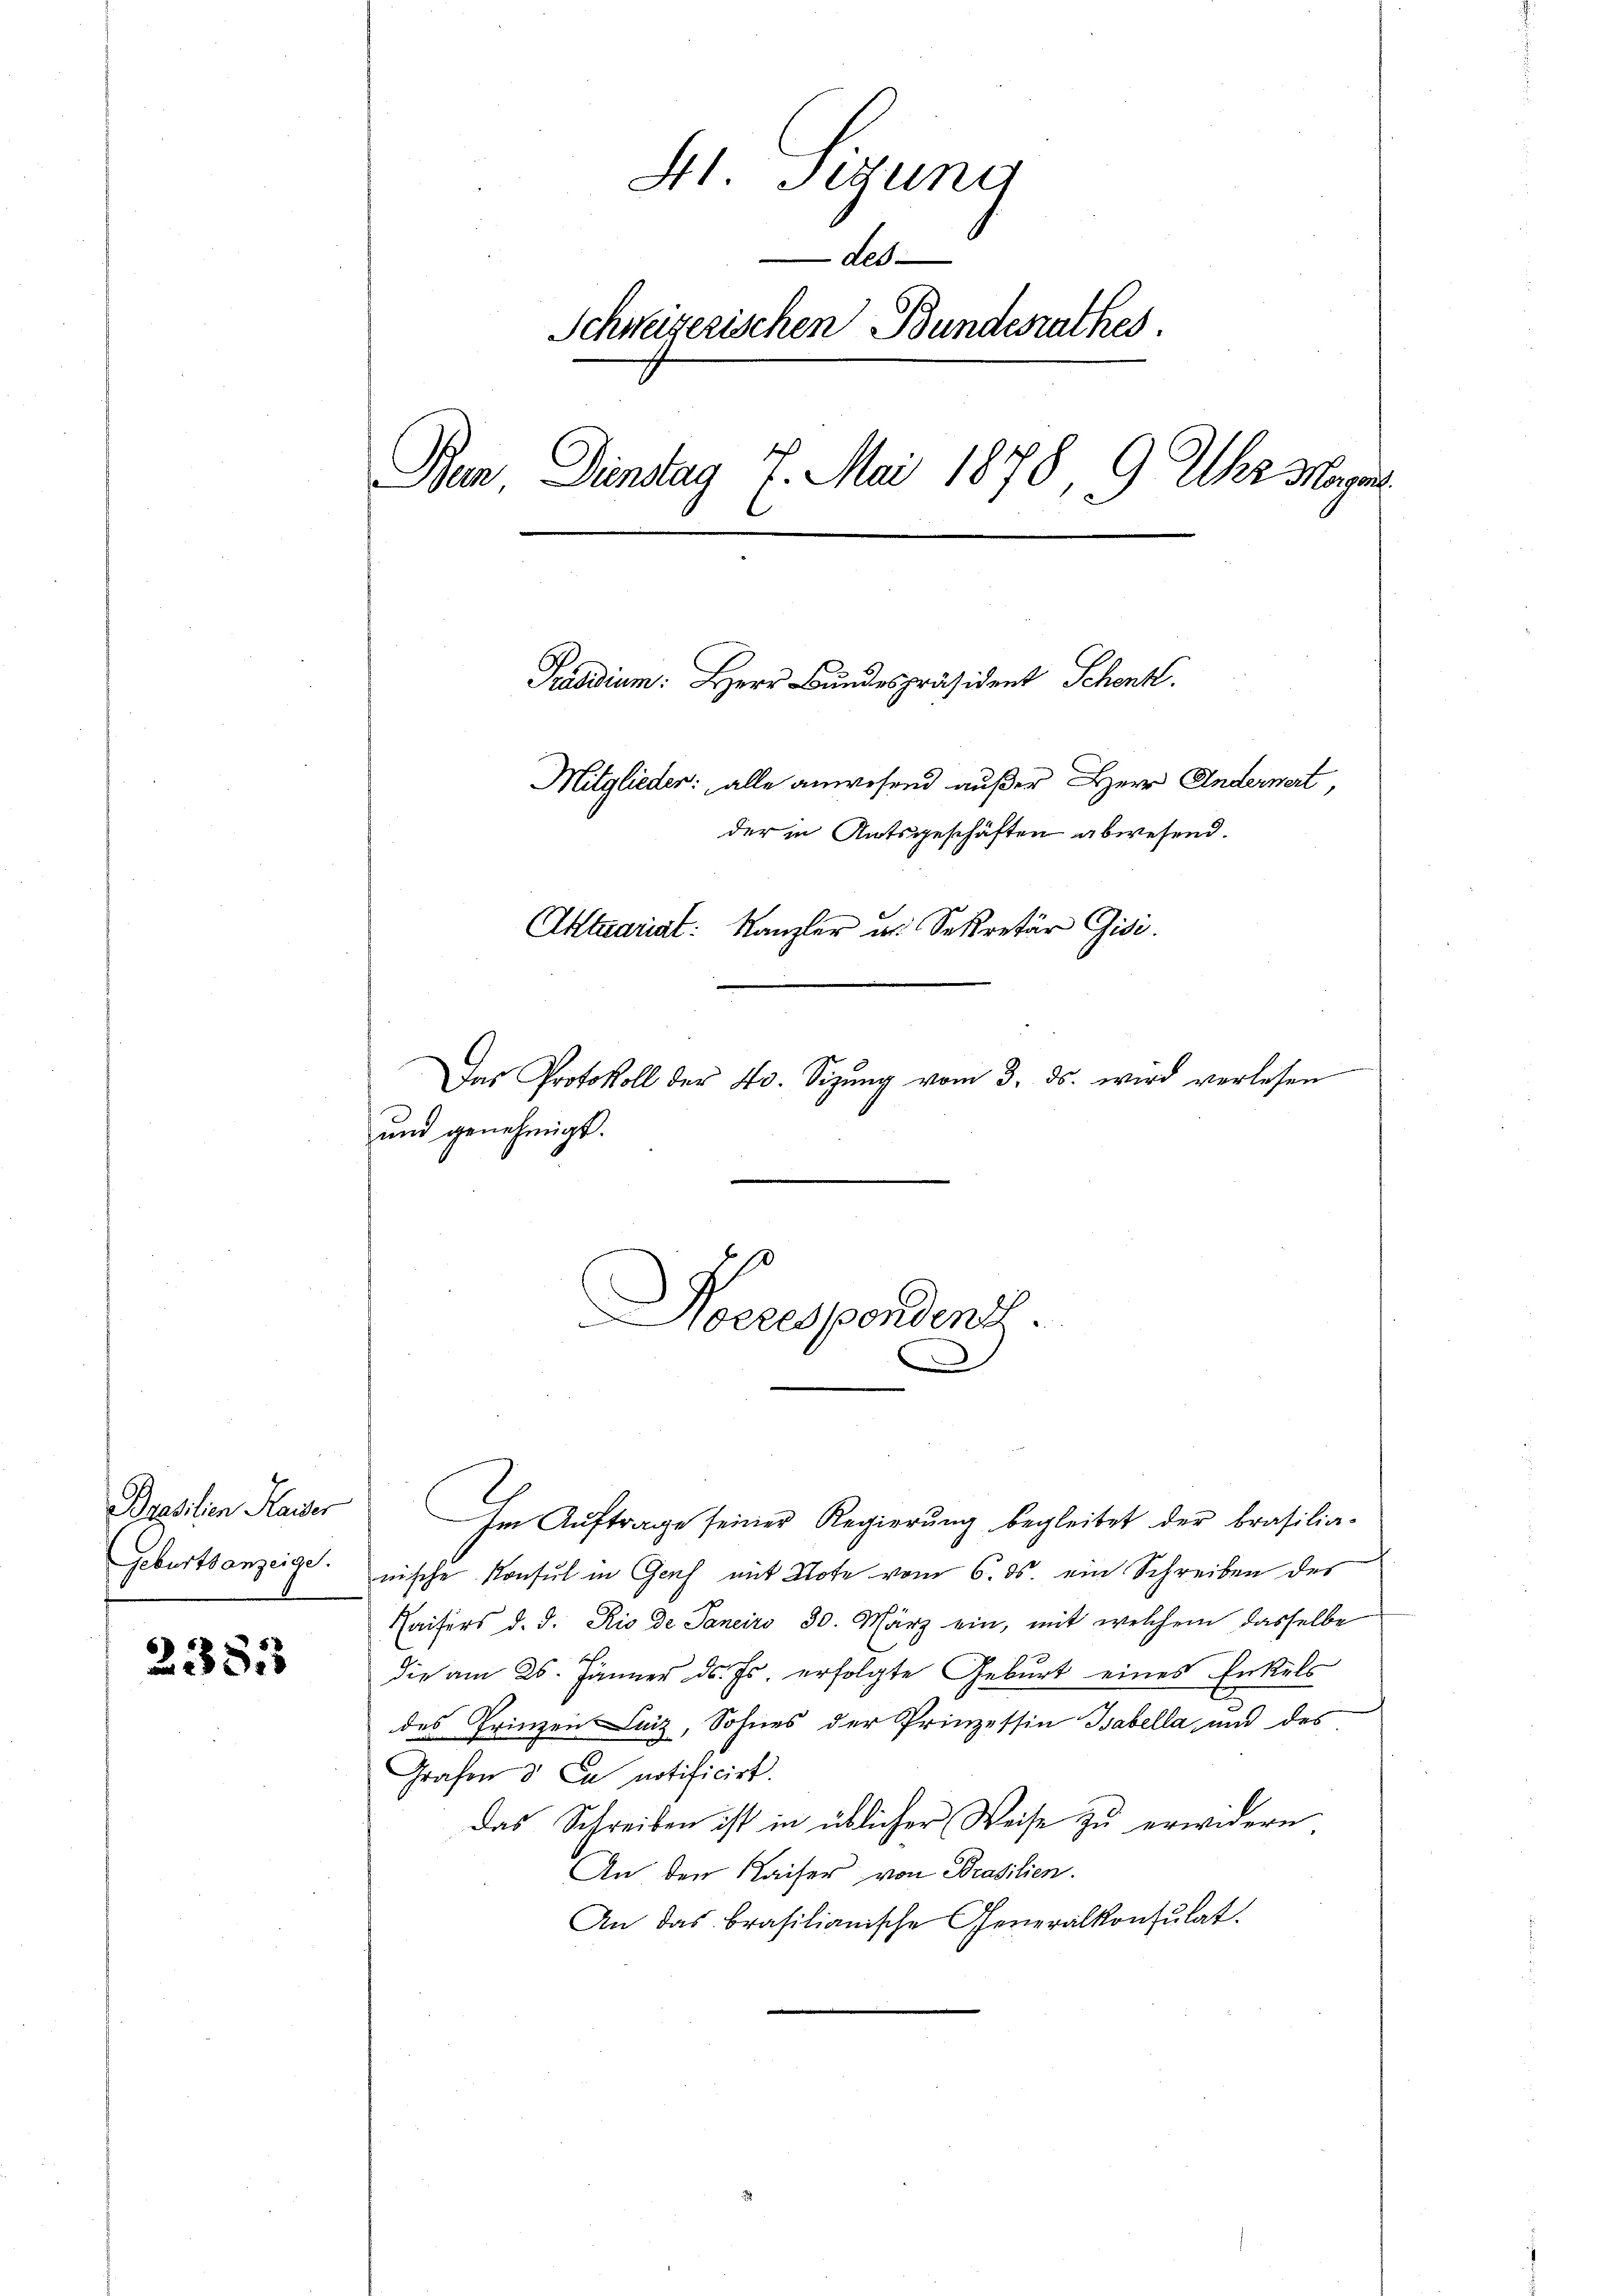
Prasilien Kaiser
Geburtsanzeige.

23823

Hl. Sigung
-des
Schweizerischen Bundesrathes.
Bun, Dündtag 7. Mai 1878, 9 Uhr Magen

Tadium: Herr Bundespräsident Schenk.
Mitglieder: alle anwesend außer Herr Andernert,
der in Amtsgeschäften abwesend.
Aktuariat: Kanzler u. Sekretär Gisi
Das Protokoll der 40. Sizŭng vom 3. ds. wird verlesen
und genehmigt.

Nocresponden.

Im Auftrage seiner Regierung begleitet der brasilia-
nische Konsul in Genf mit Note vom 6. ds. ein Schreiben des
Kaisers d. d. Rio de Janeiro 30. März ein, mit welchem dasselbe
die am 25. Jänner ds. Es erfolgte Geburt eines Enkels
des Prinzen Luiz, Sohnes der Prinzessin Tabella und des
Grafen & Ca notificirt.
das Schreiben ist in üblicher Weise zŭ erwidern,
An den Kaiser von Brasilien.
An das brasilianische Generalkonsulat.